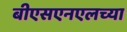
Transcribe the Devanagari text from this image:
बीएसएनएलच्या